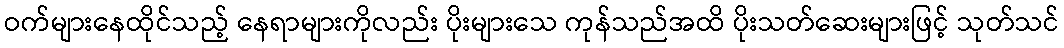
ဝက်များနေထိုင်သည့် နေရာများကိုလည်း ပိုးများသေ ကုန်သည်အထိ ပိုးသတ်ဆေးများဖြင့် သုတ်သင်